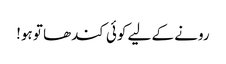
رونے کے لیے کوئی کندھا تو ہو!